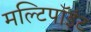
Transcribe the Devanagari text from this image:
मल्टिपॉइंट